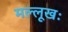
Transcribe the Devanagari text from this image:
मल्लूखः